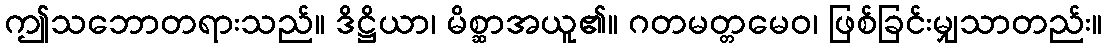
ဤသဘောတရားသည်။ ဒိဋ္ဌိယာ၊ မိစ္ဆာအယူ၏။ ဂတမတ္တမေဝ၊ ဖြစ်ခြင်းမျှသာတည်း။